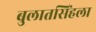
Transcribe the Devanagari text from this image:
बुलातसिंहला